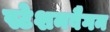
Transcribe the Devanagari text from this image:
स्टेशनवैगन